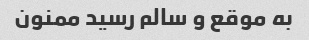
به موقع و سالم رسید ممنون